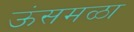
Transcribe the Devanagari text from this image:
ऊंसमळा